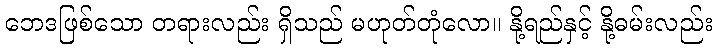
ဘေဒဖြစ်သော တရားလည်း ရှိသည် မဟုတ်တုံလော။ နို့ရည်နှင့် နို့ဓမ်းလည်း